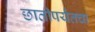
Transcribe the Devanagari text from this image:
छातीपर्यंतचा